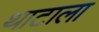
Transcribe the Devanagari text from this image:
थाटाला